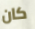
كان